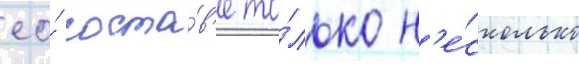
ео́ соста́в'е то́лько н'е́сколько